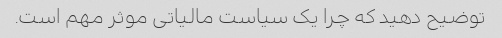
توضیح دهید که چرا یک سیاست مالیاتی موثر مهم است.